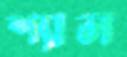
শ্যাল